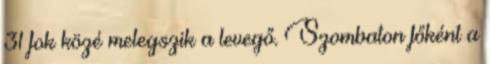
31 fok közé melegszik a levegő. Szombaton főként a